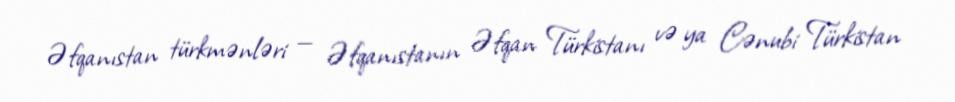
Əfqanıstan türkmənləri — Əfqanıstanın Əfqan Türkistanı və ya Cənubi Türkistan